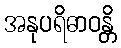
အနုပရိဓာဝန္တိ